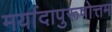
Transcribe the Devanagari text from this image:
मर्यादापुरूषोत्तम